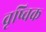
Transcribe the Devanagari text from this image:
वृष्चिक